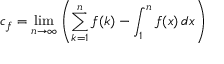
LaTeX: c _ { f } = \operatorname* { l i m } _ { n \to \infty } \left( \sum _ { k = 1 } ^ { n } f ( k ) - \int _ { 1 } ^ { n } f ( x ) \, d x \right)